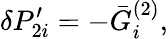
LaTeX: \delta P_{2i}^{\prime}=-\bar{G}_{i}^{(2)},